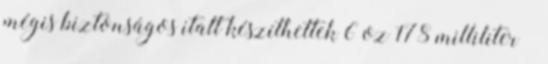
mégis biztonságos italt készíthettek 6 oz 178 milliliter –